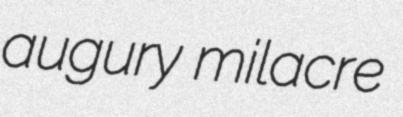
augury milacre